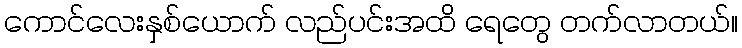
ကောင်လေးနှစ်ယောက် လည်ပင်းအထိ ရေတွေ တက်လာတယ်။